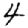
Digit: 4